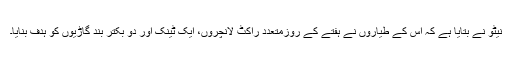
نیٹو نے بتایا ہے کہ اُس کے طیاروں نے ہفتے کے روزمتعدد راکٹ لانچروں، ایک ٹینک اور دو بکتر بند گاڑیوں کو ہدف بنایا۔